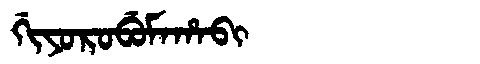
Manchu: ᡤᡳᠶᠣᡵᠣᠪᡠᠮᠠᡥᠠᠪᡳ
Romanization: GIYOROBUMAHABI